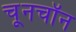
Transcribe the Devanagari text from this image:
चूनचॉन